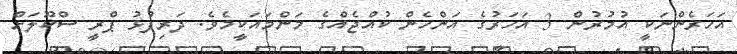
އަހަރެންނަކީ އުމުރުން 3 އަހަރުގެ އަންހެން ކުއްޖެއްގެ މަންމައަކީމެވެ. ދަރިފުޅު ޕްރީ ސްކޫލަށް